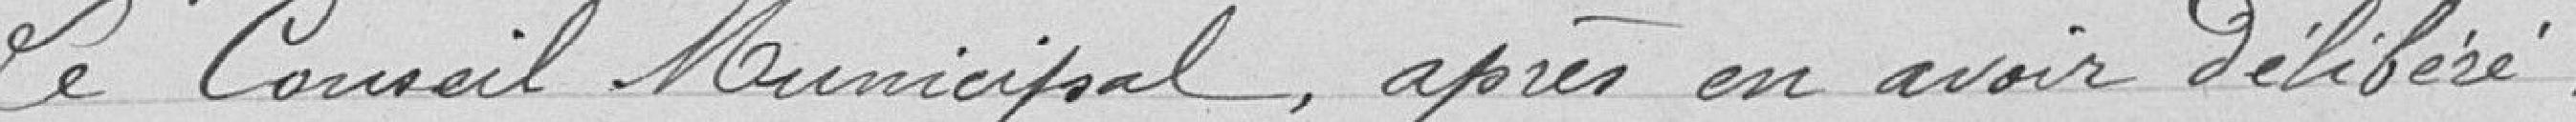
Le Conseil Municipal, après en avoir délibéré,